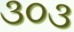
૩૦૩